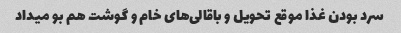
سرد بودن غذا موقع تحویل و باقالی‌های خام و گوشت هم بو میداد